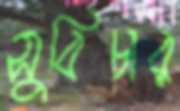
সুবিচার